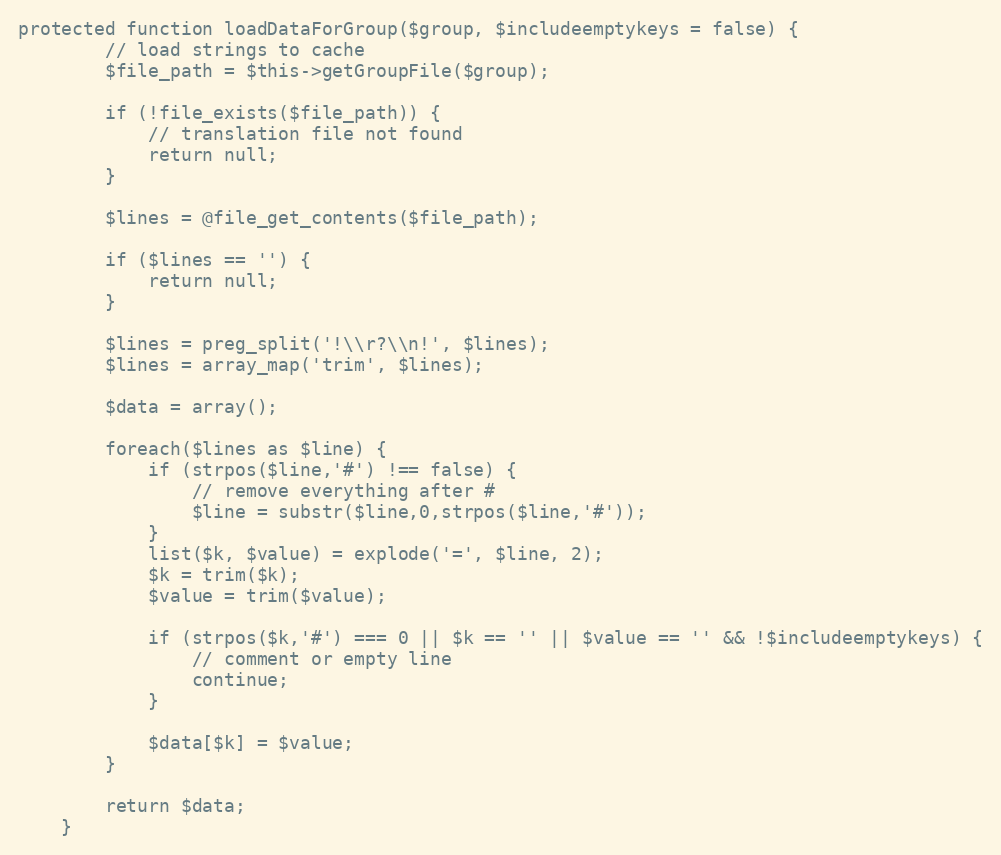
Language: PHP
protected function loadDataForGroup($group, $includeemptykeys = false) {
		// load strings to cache
		$file_path = $this->getGroupFile($group);

		if (!file_exists($file_path)) {
			// translation file not found
			return null;
		}

		$lines = @file_get_contents($file_path);

		if ($lines == '') {
			return null;
		}

		$lines = preg_split('!\\r?\\n!', $lines);
		$lines = array_map('trim', $lines);

		$data = array();

		foreach($lines as $line) {
			if (strpos($line,'#') !== false) {
				// remove everything after #
				$line = substr($line,0,strpos($line,'#'));
			}
			list($k, $value) = explode('=', $line, 2);
			$k = trim($k);
			$value = trim($value);

			if (strpos($k,'#') === 0 || $k == '' || $value == '' && !$includeemptykeys) {
				// comment or empty line
				continue;
			}

			$data[$k] = $value;
		}

		return $data;
	}